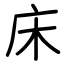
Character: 床